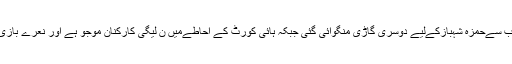
نیب کی جانب سےحمزہ شہبازکےلیے دوسری گاڑی منگوائی گئی جبکہ ہائی کورٹ کے احاطےمیں ن لیگی کارکنان موجو ہے اور نعرے بازی جاری ہے۔